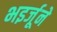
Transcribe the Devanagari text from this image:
भइर्जूने